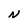
Character: N